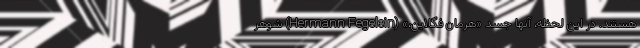
هستند. در این لحظه، آنها جسد «هرمان فگلاین،» (Hermann Fegelein) شوهر